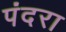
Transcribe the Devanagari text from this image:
पंदरा